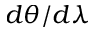
d \theta / d \lambda